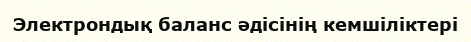
Электрондық баланс әдісінің кемшіліктері